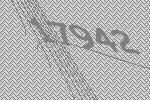
17942